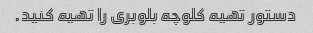
دستور تهیه کلوچه بلوبری را تهیه کنید.